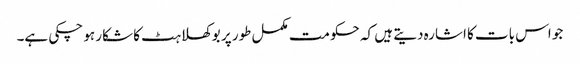
جو اس بات کا اشارہ دیتے ہیں کہ حکومت مکمل طور پر بوکھلاہٹ کا شکار ہو چکی ہے۔